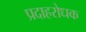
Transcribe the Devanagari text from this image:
प्रदाहरोधक